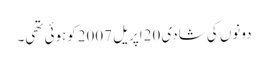
دونوں کی شادی 20اپریل 2007کوہوئی تھی۔